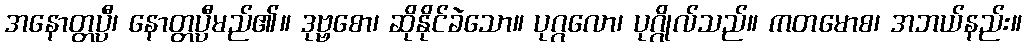
အနောတ္တပ္ပီ၊ နောတ္တပ္ပီမည်၏။ ဒုဗ္ဗစော၊ ဆိုနိုင်ခဲသော။ ပုဂ္ဂလော၊ ပုဂ္ဂိုလ်သည်။ ကတမောစ၊ အဘယ်နည်း။